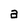
Character: a